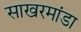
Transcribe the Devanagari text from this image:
साखरमांडा